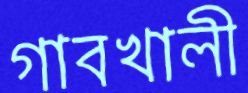
গাবখালী